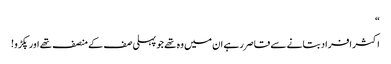
“
اکثر افراد بتانے سے قاصر رہے ان میں وہ تھے جو پہلی صف کے منصف تھے اور پکڑو!